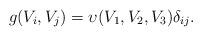
LaTeX: \begin{align*} g(V_i,V_j) = \upsilon(V_1,V_2,V_3) \delta_{ij}. \end{align*}